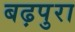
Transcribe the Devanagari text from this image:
बढ़पुरा